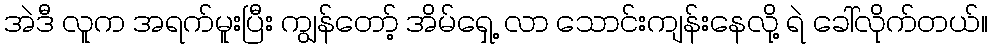
အဲဒီ လူက အရက်မူးပြီး ကျွန်တော့် အိမ်ရှေ့ လာ သောင်းကျန်းနေလို့ ရဲ ခေါ်လိုက်တယ်။